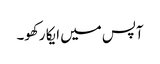
آپس میں ایکا رکھو۔